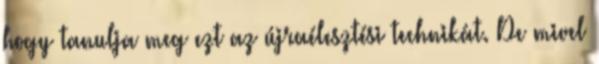
hogy tanulja meg ezt az újraélesztési technikát. De mivel